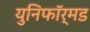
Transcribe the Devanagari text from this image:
युनिफॉर्मड